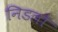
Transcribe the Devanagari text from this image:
निडलो